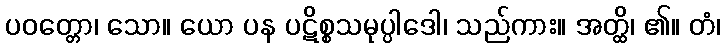
ပဝတ္တော၊ သော။ ယော ပန ပဋိစ္စသမုပ္ပါဒေါ၊ သည်ကား။ အတ္ထိ၊ ၏။ တံ၊